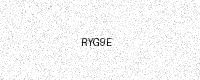
Text: RYG9E